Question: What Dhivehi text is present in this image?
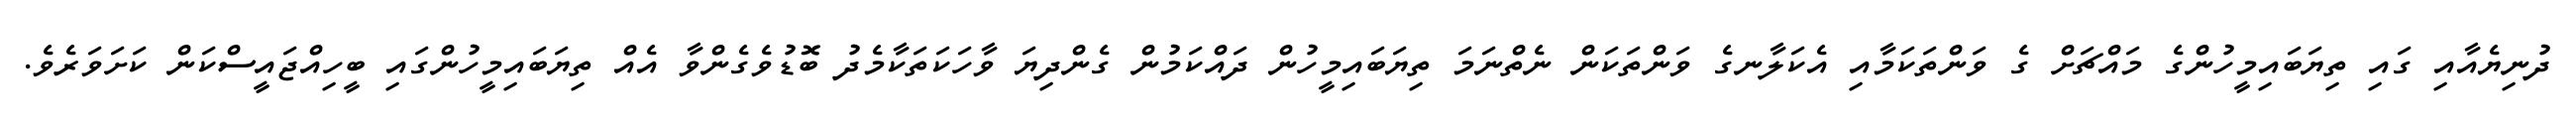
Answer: ދުނިޔެއާއި ގައި ތިޔަބައިމީހުންގެ މައްޗަށް ގެ ވަންތަކަމާއި އެކަލާނގެ ވަންތަކަން ނެތްނަމަ ތިޔަބައިމީހުން ދައްކަމުން ގެންދިޔަ ވާހަކަތަކާމެދު ބޮޑުވެގެންވާ އެއް ތިޔަބައިމީހުންގައި ބީހިއްޖައީސްކަން ކަށަވަރެވެ.